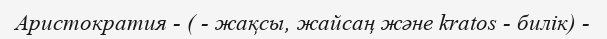
Аристократия - ( - жақсы, жайсаң және kratos - билік) -